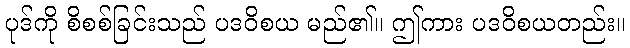
ပုဒ်ကို စိစစ်ခြင်းသည် ပဒဝိစယ မည်၏။ ဤကား ပဒဝိစယတည်း။